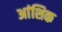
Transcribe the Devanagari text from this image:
अांशिक